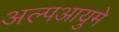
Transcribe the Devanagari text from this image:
अल्पआयुमे